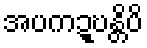
အပကဍ္ဎန္တိပိ